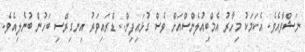
ނަޝްވާއެވެ. އެކަމަކު މިހާރު އެމްބިއުލެންސްއަށް ވެސް ގުޅައިފިން.. ޑްރައިވަރު އިނގިރޭސި ބަހުން ބުނެލިއެވެ.